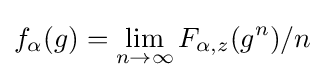
f_{\alpha }(g)=\lim _{n\rightarrow \infty }F_{\alpha ,z}(g^{n})/n